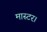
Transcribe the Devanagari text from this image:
मास्‍टर।